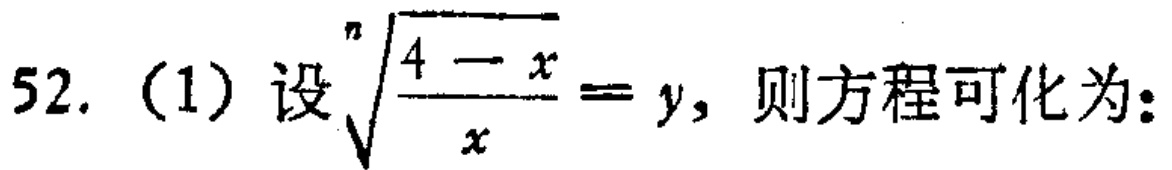
52. (1) 设$\sqrt[n]{\frac{4 - x}{x}} = y$，则方程可化为：